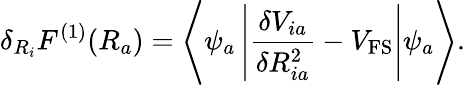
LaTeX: \delta_{R_{i}}F^{(1)}(R_{a})=\left<\psi_{a}\left|\frac{\delta V_{ia}}{\delta R_{ia}^{2}}-V_{\mathrm{FS}}\right|\psi_{a}\right>.